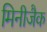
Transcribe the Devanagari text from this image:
मिनीजैक